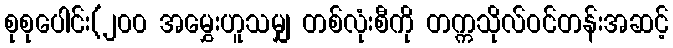
စုစုပေါင်း(၂၀၀ အမွှေးဟူသမျှ တစ်လုံးစီကို တက္ကသိုလ်ဝင်တန်းအဆင့်